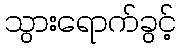
သွားရောက်ခွင့်